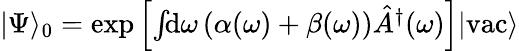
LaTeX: \begin{array}{r}{|\Psi\rangle_{0}=\exp\left[\int\! \! \mathrm{d}\omega\left(\alpha(\omega)+\beta(\omega)\right)\hat{A}^{\dagger}(\omega)\right]|\mathrm{vac}\rangle}\end{array}